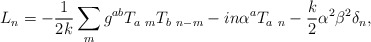
\begin{align*} L_n = -{1\over 2k}\sum_m g^{ab} T_{a\ m} T_{b\ n-m} - i n \alpha^a T_{a\ n} - {k\over 2}\alpha^2 \beta^2 \delta_n,\end{align*}